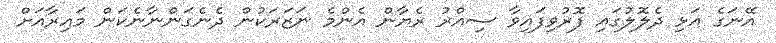
އޭނަގެ އަޅި ދެލޮލުގައި ފޮރުވިފައިވާ ސިއްރު ރެޔާން އެންމެ ނަޒަރަކުން ދެނެގަންނާނެކަން މައިރާއަށް